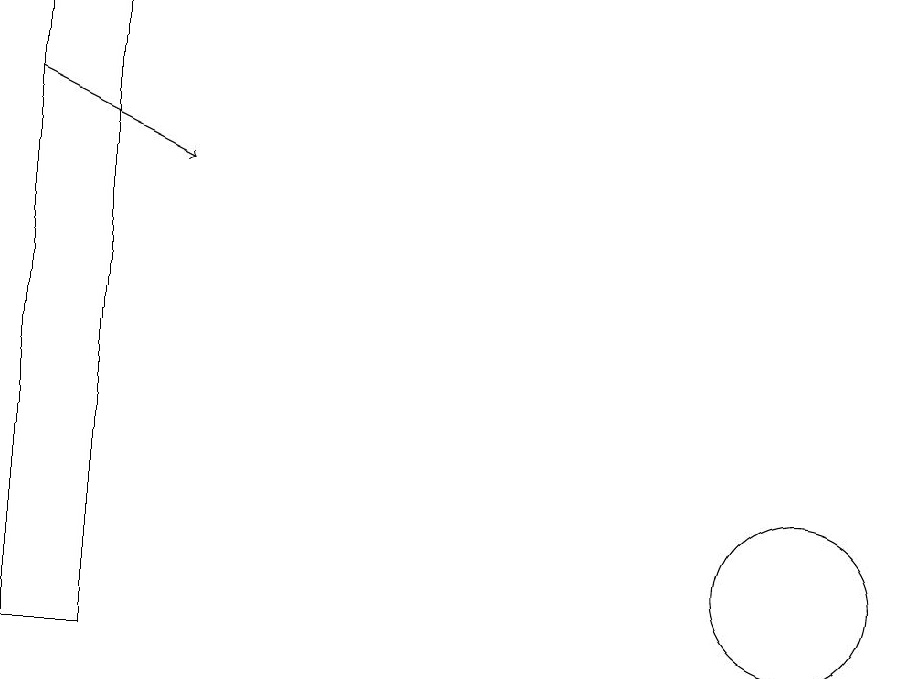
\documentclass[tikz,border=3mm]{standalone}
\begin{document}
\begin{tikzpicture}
\draw (0,19) rectangle (1,11);
\draw[->] (0,18) -- (2,17);
\draw (10,12) circle (1);
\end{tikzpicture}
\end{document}